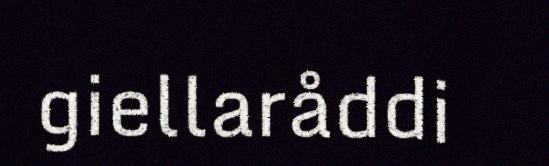
giellaråddi